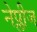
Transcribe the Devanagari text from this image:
नेप्लीज